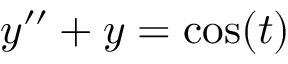
y ^ { \prime \prime } + y = \cos ( t )